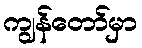
ကျွန်တော်မှာ